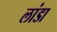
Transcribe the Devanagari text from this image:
लांडा